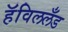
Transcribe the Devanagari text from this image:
हॅविललँड